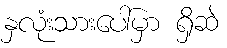
နှလုံးသားပေါ်မှာ ရှိဆဲ